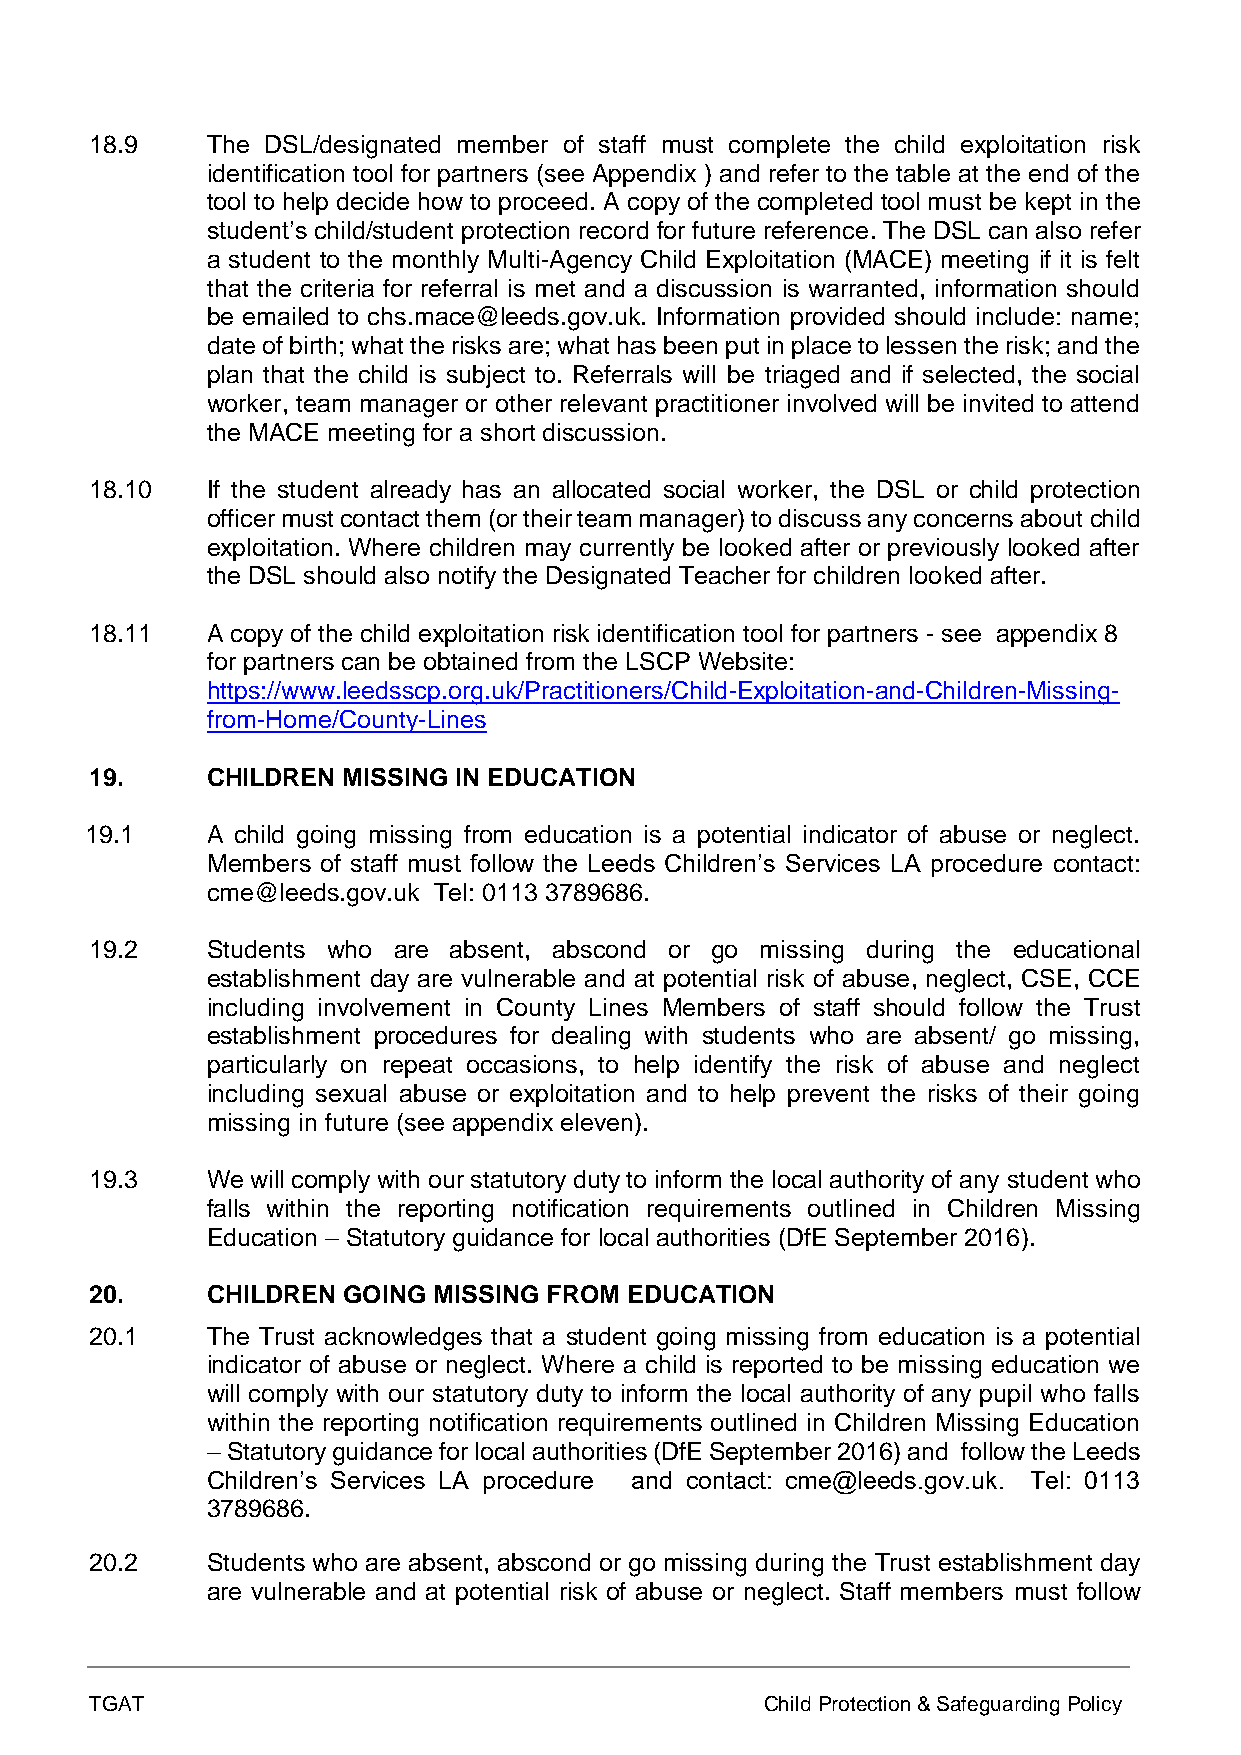
18.9    The DSL/designated member of staff must complete the child exploitation risk
 identification tool for partners (see Appendix ) and refer to the table at the end of the
 tool to help decide how to proceed. A copy of the completed tool must be kept in the
 student’s child/student protection record for future reference. The DSL can also refer
 a student to the monthly Multi-Agency Child Exploitation (MACE) meeting if it is felt
 that the criteria for referral is met and a discussion is warranted, information should
 be emailed to chs.mace@leeds.gov.uk. Information provided should include: name;
 date of birth; what the risks are; what has been put in place to lessen the risk; and the
 plan that the child is subject to. Referrals will be triaged and if selected, the social
 worker, team manager or other relevant practitioner involved will be invited to attend
 the MACE meeting for a short discussion.
 18.10   If the student already has an allocated social worker, the DSL or child protection
 officer must contact them (or their team manager) to discuss any concerns about child
 exploitation. Where children may currently be looked after or previously looked after
 the DSL should also notify the Designated Teacher for children looked after.
 18.11   A copy of the child exploitation risk identification tool for partners - see appendix 8
 for partners can be obtained from the LSCP Website:
 https://www.leedsscp.org.uk/Practitioners/Child-Exploitation-and-Children-Missing-
 from-Home/County-Lines
 19.     CHILDREN MISSING IN EDUCATION
 19.1    A child going missing from education is a potential indicator of abuse or neglect.
 Members of staff must follow the Leeds Children’s Services LA procedure contact:
 cme@leeds.gov.uk Tel: 0113 3789686.
 19.2    Students who are absent, abscond or go missing during the educational
 establishment day are vulnerable and at potential risk of abuse, neglect, CSE, CCE
 including involvement in County Lines Members of staff should follow the Trust
 establishment procedures for dealing with students who are absent/ go missing,
 particularly on repeat occasions, to help identify the risk of abuse and neglect
 including sexual abuse or exploitation and to help prevent the risks of their going
 missing in future (see appendix eleven).
 19.3    We will comply with our statutory duty to inform the local authority of any student who
 falls within the reporting notification requirements outlined in Children Missing
 Education – Statutory guidance for local authorities (DfE September 2016).
 20.     CHILDREN GOING MISSING FROM EDUCATION
 20.1    The Trust acknowledges that a student going missing from education is a potential
 indicator of abuse or neglect. Where a child is reported to be missing education we
 will comply with our statutory duty to inform the local authority of any pupil who falls
 within the reporting notification requirements outlined in Children Missing Education
 – Statutory guidance for local authorities (DfE September 2016) and follow the Leeds
 Children’s Services LA procedure and contact: cme@leeds.gov.uk. Tel: 0113
 3789686.
 20.2    Students who are absent, abscond or go missing during the Trust establishment day
 are vulnerable and at potential risk of abuse or neglect. Staff members must follow
 TGAT                                         Child Protection & Safeguarding Policy